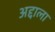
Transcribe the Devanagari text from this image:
अद्दाला